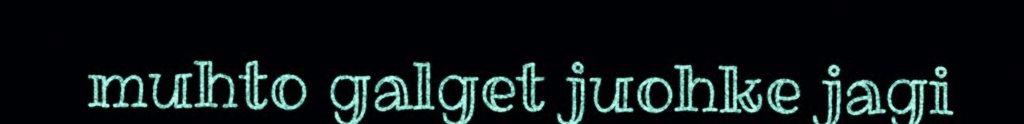
muhto galget juohke jagi